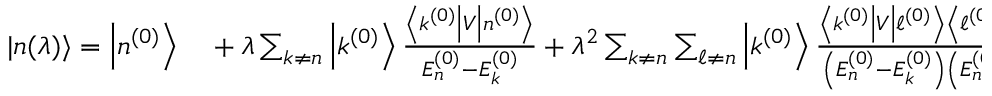
\begin{array} { r l } { | n ( \lambda ) \rangle = \left| n ^ { ( 0 ) } \right\rangle } & { { } + \lambda \sum _ { k \neq n } \left| k ^ { ( 0 ) } \right\rangle { \frac { \left\langle k ^ { ( 0 ) } \right| V \left| n ^ { ( 0 ) } \right\rangle } { E _ { n } ^ { ( 0 ) } - E _ { k } ^ { ( 0 ) } } } + \lambda ^ { 2 } \sum _ { k \neq n } \sum _ { \ell \neq n } \left| k ^ { ( 0 ) } \right\rangle { \frac { \left\langle k ^ { ( 0 ) } \right| V \left| \ell ^ { ( 0 ) } \right\rangle \left\langle \ell ^ { ( 0 ) } \right| V \left| n ^ { ( 0 ) } \right\rangle } { \left( E _ { n } ^ { ( 0 ) } - E _ { k } ^ { ( 0 ) } \right) \left( E _ { n } ^ { ( 0 ) } - E _ { \ell } ^ { ( 0 ) } \right) } } } \end{array}